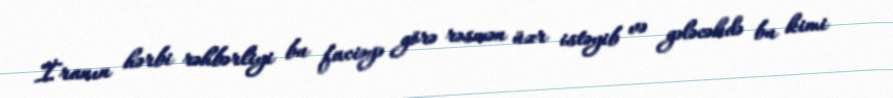
İranın hərbi rəhbərliyi bu faciəyə görə rəsmən üzr istəyib və gələcəkdə bu kimi